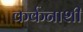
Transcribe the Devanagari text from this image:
कर्कनाशी